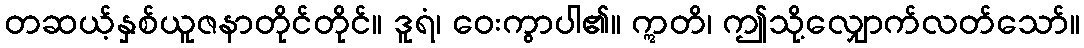
တဆယ့်နှစ်ယူဇနာတိုင်တိုင်။ ဒူရံ၊ ဝေးကွာပါ၏။ ဣတိ၊ ဤသို့လျှောက်လတ်သော်။